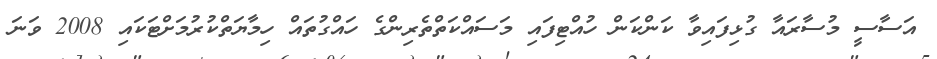
އަސާސީ މުސާރައާ ގުޅިފައިވާ ކަންކަން ހުއްޓިފައި މަސައްކަތްތެރިންގެ ހައްގުތައް ހިމާޔަތްކުރުމަށްޓަކައި 2008 ވަނަ